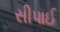
સીપાઈ